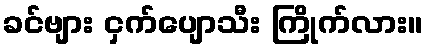
ခင်ဗျား ငှက်ပျောသီး ကြိုက်လား။